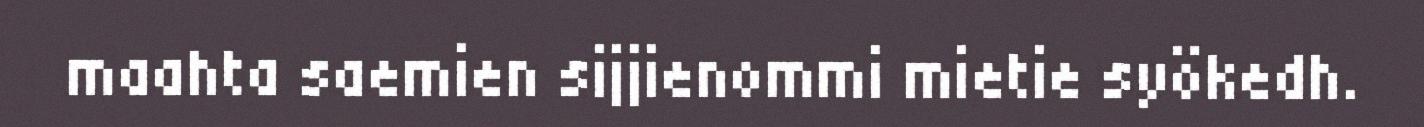
maahta saemien sijjienommi mietie syökedh.